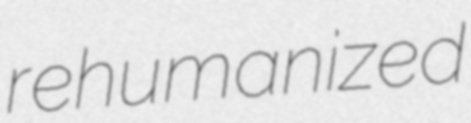
rehumanized